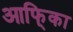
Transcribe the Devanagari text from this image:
आफि्का